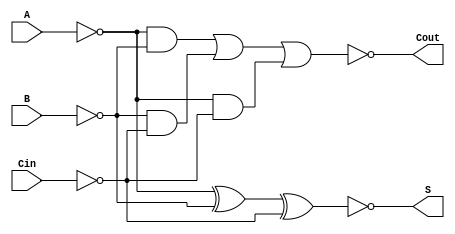
module NegativeCircuitFullAdder (
    input wire A,    // First input bit (active low)
    input wire B,    // Second input bit (active low)
    input wire Cin,  // Carry-in bit (active low)
    output wire S,   // Sum output bit (active low)
    output wire Cout  // Carry-out output bit (active low)
);

    // Internal signals for intermediate calculations
    wire A_inv, B_inv, Cin_inv;
    wire sum_temp, carry_temp;

    // Invert inputs for active-low logic
    not (A_inv, A);
    not (B_inv, B);
    not (Cin_inv, Cin);

    // Calculate the sum output (S = NOT (A XOR B XOR Cin))
    assign sum_temp = A_inv ^ B_inv ^ Cin_inv; // XOR operation
    not (S, sum_temp); // Invert the result for active-low output

    // Calculate the carry-out output (Cout = NOT ((A AND B) OR (B AND Cin) OR (A AND Cin)))
    wire AB, BC, AC;
    and (AB, A_inv, B_inv); // A AND B
    and (BC, B_inv, Cin_inv); // B AND Cin
    and (AC, A_inv, Cin_inv); // A AND Cin

    wire carry_temp_or;
    or (carry_temp_or, AB, BC, AC); // (A AND B) OR (B AND Cin) OR (A AND Cin)
    not (Cout, carry_temp_or); // Invert the result for active-low output

endmodule